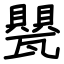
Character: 甖